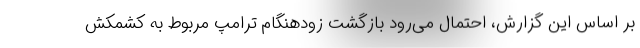
بر اساس این گزارش، احتمال می‌رود بازگشت زودهنگام ترامپ مربوط به کشمکش